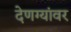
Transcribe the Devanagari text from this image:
देणग्यांवर